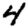
Digit: 4